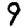
Digit: 9